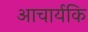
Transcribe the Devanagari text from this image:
आचार्यकि